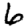
Digit: 6